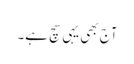
آج بھی یہی سچ ہے۔